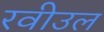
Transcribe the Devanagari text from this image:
रवीउल